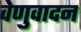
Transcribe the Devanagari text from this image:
वेणुवादन